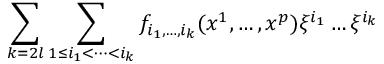
\sum _ { k = 2 l } \sum _ { 1 \le i _ { 1 } < \dots < i _ { k } } f _ { i _ { 1 } , \dots , i _ { k } } ( x ^ { 1 } , \dots , x ^ { p } ) \xi ^ { i _ { 1 } } \dots \xi ^ { i _ { k } }